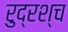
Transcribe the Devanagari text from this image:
रुद्रश्च